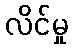
လိင်မှု